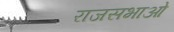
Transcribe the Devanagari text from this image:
राजसभाओं